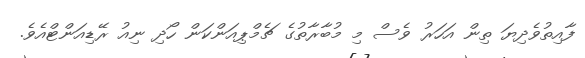
ފާއިތުވެދިޔަ ތިން އަހަރު ވެސް މި މުބާރާތުގެ ޗެމްޕިއަންކަން ހޯދި ނިއު ރޭޑިއަންޓްއެވެ.